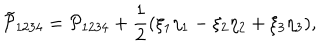
\tilde { \mathcal P } _ { 1 2 3 4 } = \mathcal P _ { 1 2 3 4 } + \frac { 1 } { 2 } ( \xi _ { 1 } \eta _ { 1 } - \xi _ { 2 } \eta _ { 2 } + \xi _ { 3 } \eta _ { 3 } ) ,